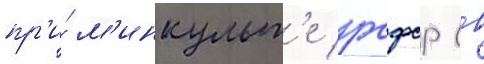
пр'и́ м'инкульт'е рсфср (в